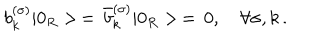
LaTeX: b _ { k } ^ { ( \sigma ) } | 0 _ { R } > \, = \, \bar { b } _ { k } ^ { ( \sigma ) } | 0 _ { R } > \, = \, 0 , \quad \forall \sigma , k \, { . }